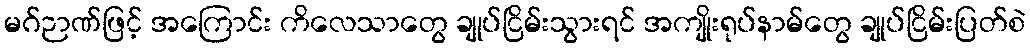
မဂ်ဉာဏ်ဖြင့် အကြောင်း ကိလေသာတွေ ချုပ်ငြိမ်းသွားရင် အကျိုးရုပ်နာမ်တွေ ချုပ်ငြိမ်းပြတ်စဲ